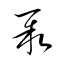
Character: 聚